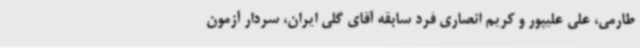
طارمی، علی علیپور و کریم انصاری فرد سابقه آقای گلی ایران، سردار آزمون